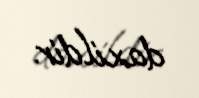
daxildir.